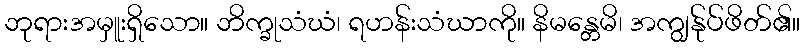
ဘုရားအမှူးရှိသော။ ဘိက္ခုသံဃံ၊ ရဟန်းသံဃာကို။ နိမန္တေမိ၊ အကျွန်ုပ်ဖိတ်၏။